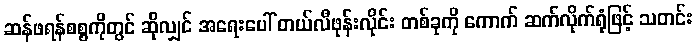
ဆန်ဖရန်စစ္စကိုတွင် ဆိုလျှင် အရေးပေါ် တယ်လီဖုန်းလိုင်း တစ်ခုကို ကောက် ဆက်လိုက်ရုံဖြင့် သတင်း